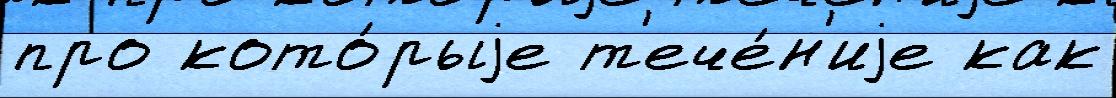
про кото́рыjе т'ече́н'иjе как